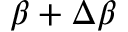
\beta + \Delta \beta